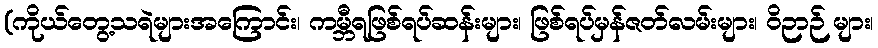
(ကိုယ်တွေ့သရဲများအကြောင်း၊ ကမ္ဘီရဖြစ်ရပ်ဆန်းများ၊ ဖြစ်ရပ်မှန်ဇတ်လမ်းများ၊ ဝိဉာဉ် များ၊